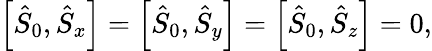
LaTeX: \begin{array}{r}{\left[\hat{S}_{0},\hat{S}_{x}\right]=\left[\hat{S}_{0},\hat{S}_{y}\right]=\left[\hat{S}_{0},\hat{S}_{z}\right]=0,}\end{array}